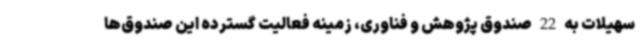
سهیلات به 22 صندوق پژوهش و فناوری، زمینه فعالیت گسترده این صندوق‌ها